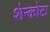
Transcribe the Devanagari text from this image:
शेन्कोटा